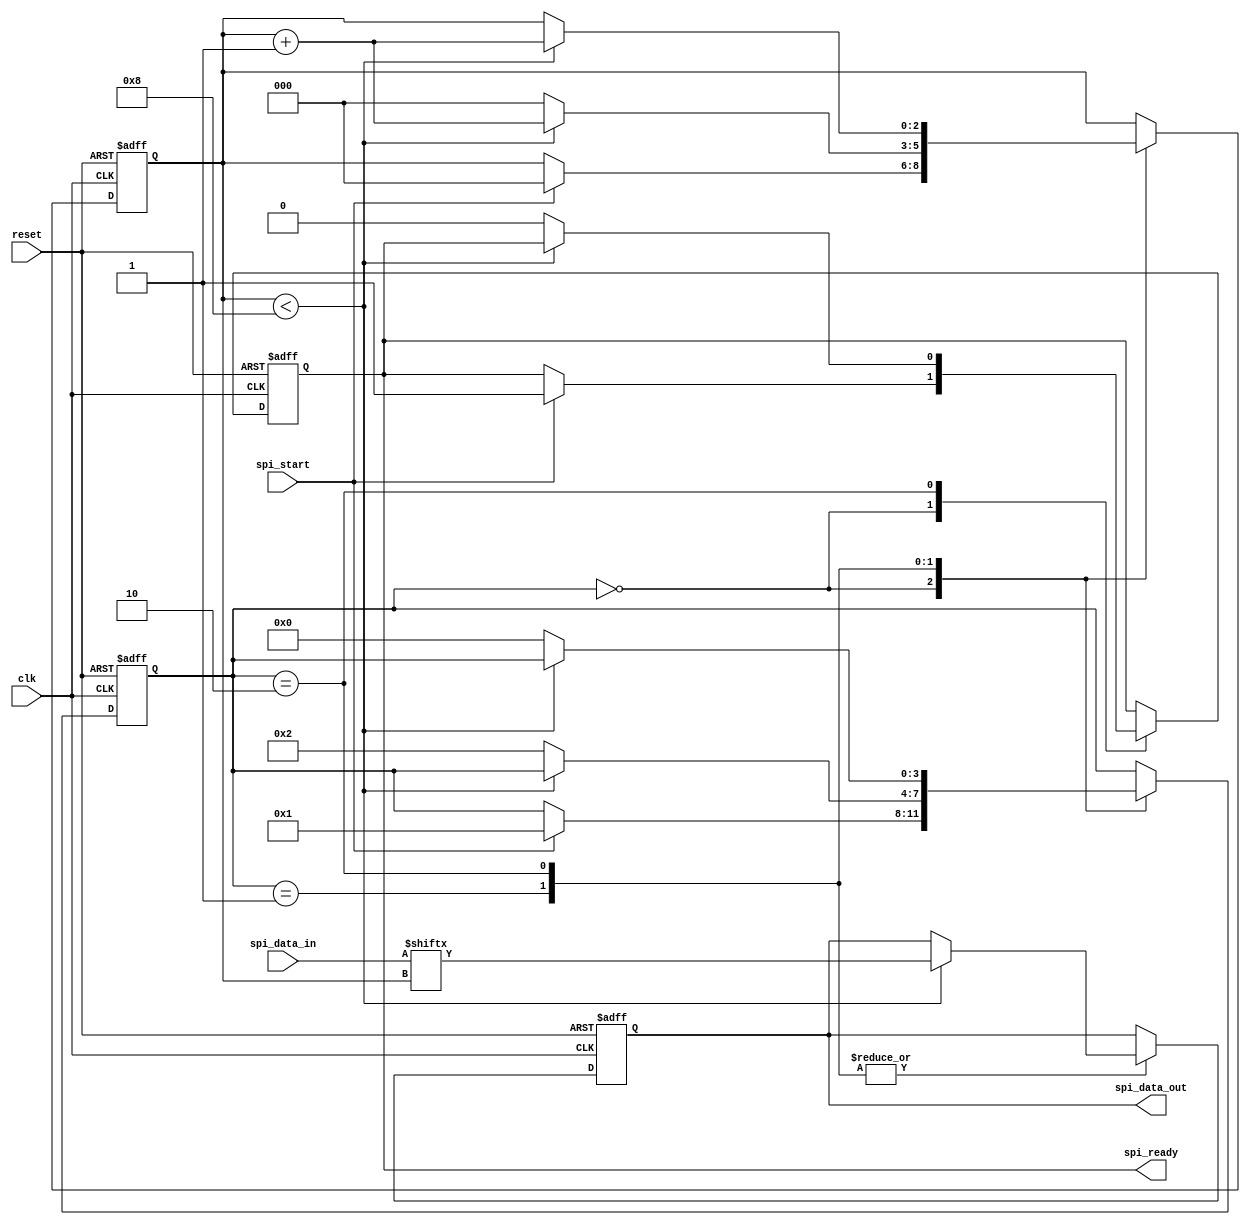
module timing_control_and_synchronization_block(
    input wire clk,
    input wire reset,
    input wire spi_start,
    input wire [7:0] spi_data_in,
    output reg spi_data_out,
    output reg spi_ready
);

reg [3:0] state;
reg [2:0] bit_counter;
reg spi_clk;

always @(posedge clk or posedge reset) begin
    if (reset) begin
        state <= 0;
        bit_counter <= 0;
        spi_data_out <= 0;
        spi_ready <= 0;
        spi_clk <= 0;
    end else begin
        case (state)
            0: begin
                if (spi_start) begin
                    spi_ready <= 1;
                    state <= 1;
                    bit_counter <= 0;
                end
            end
            1: begin
                // Generate clock signal for SPI communication
                spi_clk <= ~spi_clk;
                if (bit_counter < 8) begin
                    // Transmit data to slave device
                    spi_data_out <= spi_data_in[bit_counter];
                    bit_counter <= bit_counter + 1;
                end else begin
                    state <= 2;
                    bit_counter <= 0;
                end
            end
            2: begin
                if (bit_counter < 8) begin
                    // Receive data from slave device
                    spi_data_out <= spi_data_in[bit_counter];
                    bit_counter <= bit_counter + 1;
                end else begin
                    state <= 0;
                    spi_ready <= 0;
                end
            end
        endcase
    end
end
endmodule